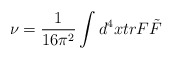
\begin{align*}\nu =\frac{1}{16\pi^{2}}\int d^{4}x tr F\tilde{F}\end{align*}